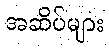
အဆိပ်များ